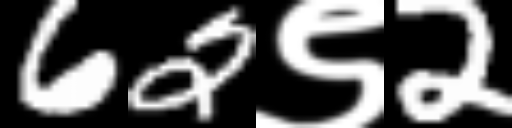
Text: 62९2